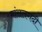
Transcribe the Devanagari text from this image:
मांसलगदी